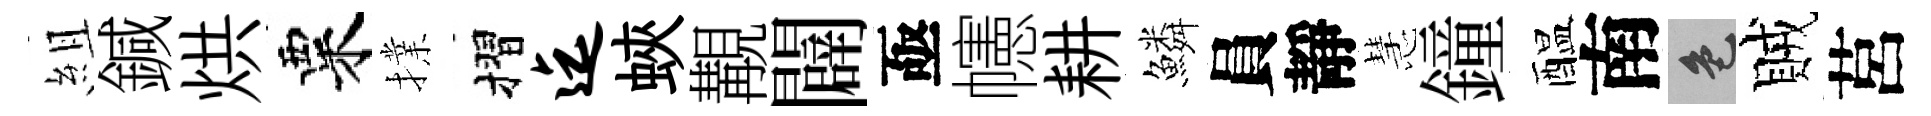
組鍼烘粟擈摺迄蛺覯闢亟幰耕鱗員靜慧鐘醖南色賊莒